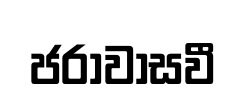
ජරාවාසවී